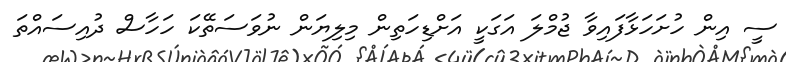
ސީ އިން ހުށަހަޅާފައިވާ ޖުމްލަ އަގަކީ އަށްޑިހަތިން މިލިޔަން ނުވަސަތޭކަ ހަހާސް ދުއިސައްތަ